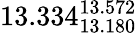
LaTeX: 13.334_{13.180}^{13.572}